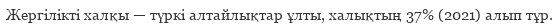
Жергілікті халқы — түркі алтайлықтар ұлты, халықтың 37% (2021) алып тұр.